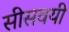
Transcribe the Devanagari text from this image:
सीसवयी